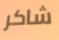
شاكر